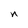
Character: n